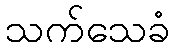
သက်သေခံ